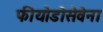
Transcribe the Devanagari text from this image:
फीयोडोसेवेना